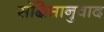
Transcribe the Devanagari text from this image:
संक्षिप्तानुवाद